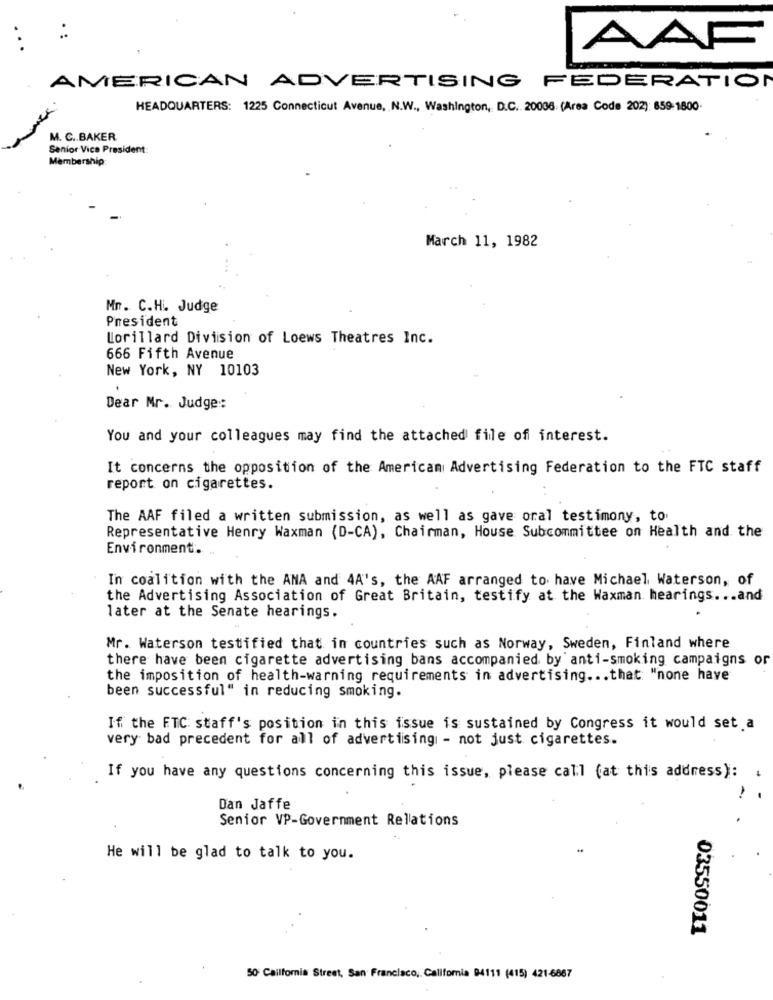
AAF
AMERICAN ADVERTISING FEDERATION
HEADQUARTERS: 1225 Connecticut Avenue, N.W ., Washington, D.C. 20006: (Area Code 202): 659-1800
M. C .. BAKER
Senior Vice President:
Membership:
March 11, 1982
Mr. C.H. Judge
President
Lorillard Division of Loews Theatres Inc.
666 Fifth Avenue
New York, NY 10103
Dear Mr. Judge ::
You and your colleagues may find the attached file of interest.
It concerns the opposition of the American Advertising Federation to the FTC staff
report on cigarettes.
The AAF filed a written submission, as well as gave oral testimony, to
Representative Henry Waxman (D-CA), Chairman, House Subcommittee on Health and the
Environment.
In coalition with the ANA and 4A's, the AAF arranged to have Michael Waterson, of
the Advertising Association of Great Britain, testify at the Waxman hearings ... and
later at the Senate hearings.
Mr. Waterson testified that in countries such as Norway, Sweden, Finland where
there have been cigarette advertising bans accompanied by anti-smoking campaigns or
the imposition of health-warning requirements in advertising ... that "none have
been successful" in reducing smoking.
If the FTC: staff's position in this issue is sustained by Congress it would set a
very bad precedent for all of advertising - not just cigarettes.
If you have any questions concerning this issue, please call (at this address): .
Dan Jaffe
Senior VP-Government Relations
He will be glad to talk to you.
03550011
50 California Street, San Francisco, California 04111 (415) 421-6867